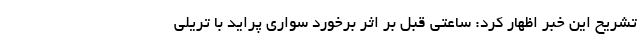
تشریح این خبر اظهار کرد: ساعتی قبل بر اثر برخورد سواری پراید با تریلی